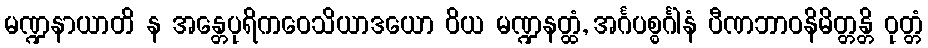
မဏ္ဍနာယာတိ န အန္တေပုရိကဝေသိယာဒယော ဝိယ မဏ္ဍနတ္ထံ, အင်္ဂပစ္စင်္ဂါနံ ပီဏဘာဝနိမိတ္တန္တိ ဝုတ္တံ